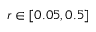
r \in \left[ 0 . 0 5 , 0 . 5 \right]